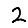
Digit: 2